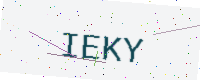
Text: IEKY